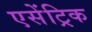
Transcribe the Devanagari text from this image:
एसेंट्रिक